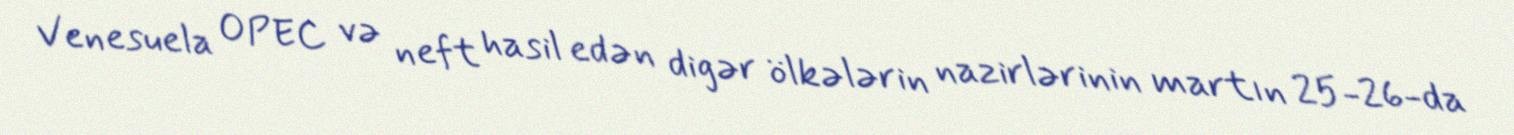
Venesuela OPEC və neft hasil edən digər ölkələrin nazirlərinin martın 25-26-da